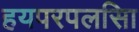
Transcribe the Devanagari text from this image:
हयपरपलसिा